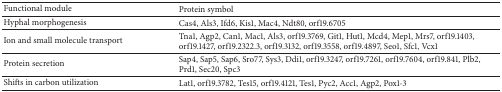
<table><thead><tr><td><b>Functional module</b></td><td><b>Protein symbol</b></td></tr></thead><tbody><tr><td>Hyphal morphogenesis</td><td>Cas4, Als3, Ifd6, Kis1, Mac4, Ndt80, orf19.6705</td></tr><tr><td>Ion and small molecule transport</td><td>Tna1, Agp2, Can1, Mac1, Als3, orf19.3769, Git1, Hut1, Mcd4, Mep1, Mrs7, orf19.1403, orf19.1427, orf19.2322.3, orf19.3132, orf19.3558, orf19.4897, Seo1, Sfc1, Vcx1</td></tr><tr><td>Protein secretion</td><td>Sap4, Sap5, Sap6, Sro77, Sys3, Ddi1, orf19.3247, orf19.7261, orf19.7604, orf19.841, Plb2, Prd1, Sec20, Spc3</td></tr><tr><td>Shifts in carbon utilization</td><td>Lat1, orf19.3782, Tes15, orf19.4121, Tes1, Pyc2, Acc1, Agp2, Pox1-3</td></tr></tbody></table>